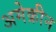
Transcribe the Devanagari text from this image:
अमेक्रीन